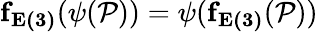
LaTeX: \mathbf{f_{E(3)}}(\psi(\mathcal{P}))=\psi(\mathbf{f_{E(3)}}(\mathcal{P}))